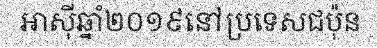
អាស៊ីឆ្នាំ២០១៩នៅប្រទេសជប៉ុន